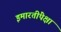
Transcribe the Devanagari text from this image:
इमारतींपेक्षा